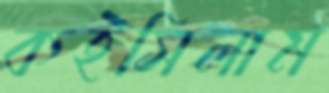
কইসিলাম